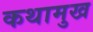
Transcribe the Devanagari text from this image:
कथामुख